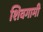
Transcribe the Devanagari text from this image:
शिवगामी